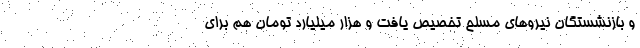
و بازنشستگان نیروهای مسلح تخصیص یافت و هزار میلیارد تومان هم برای